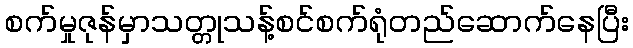
စက်မှုဇုန်မှာသတ္တုသန့်စင်စက်ရုံတည်ဆောက်နေပြီး